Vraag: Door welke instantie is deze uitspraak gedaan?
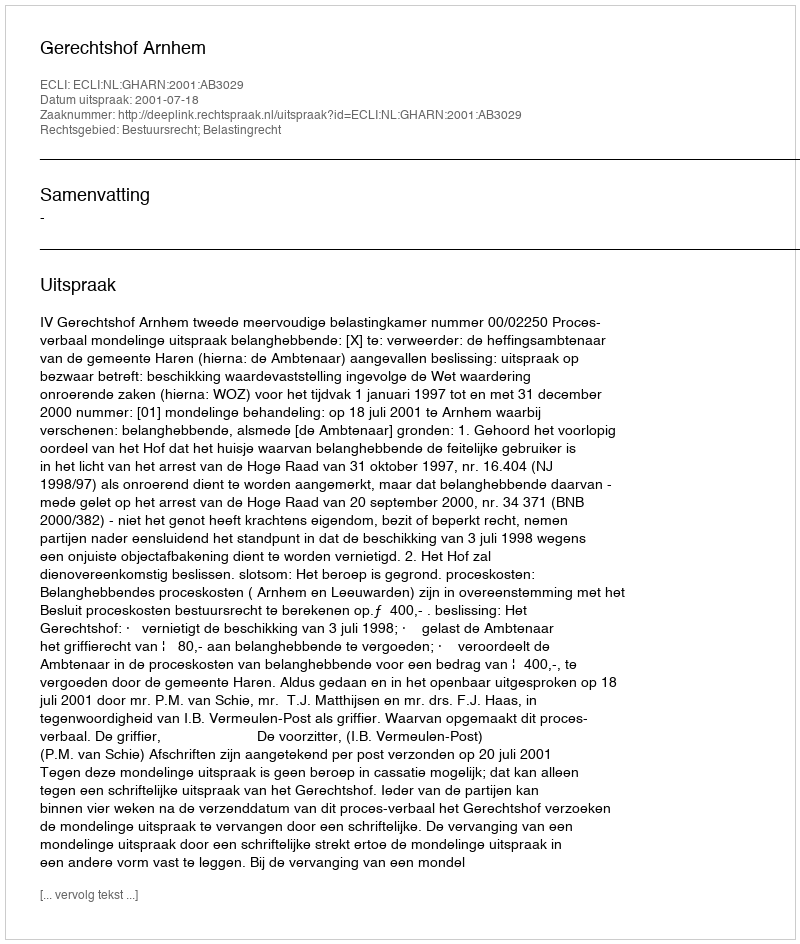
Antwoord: Gerechtshof Arnhem